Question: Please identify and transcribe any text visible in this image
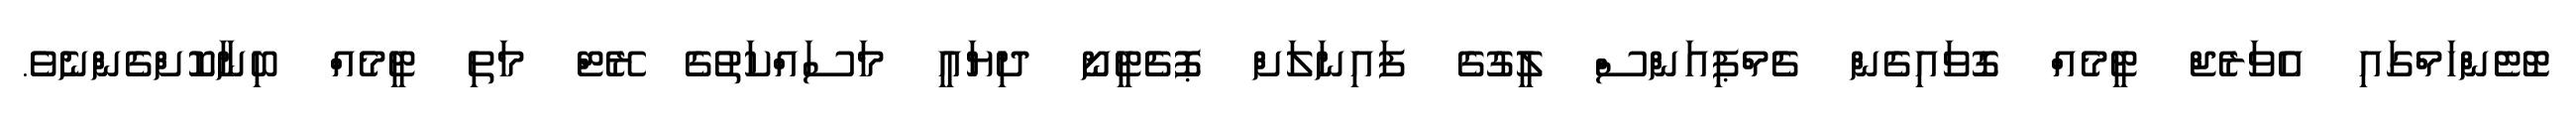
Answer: ޓޮޓެންހަމްގައި އެވަރެޖް ޓީމެއް ގޮވައިގެން ޗެމްޕިއަންސް ލީގުގެ ފައިނަލަށް ޕޮޗެޓީނޯ ދިޔައީ މަސައްކަތުގެ ރޭޓް މަތި ޓީމެއް ބިނާކޮށްގެންނެވެ.